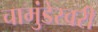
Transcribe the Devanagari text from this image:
चामुंडेस्वरी